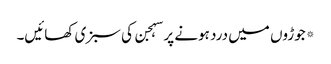
*جوڑوں میں درد ہونے پر سہجن کی سبزی کھائیں۔